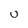
Character: U